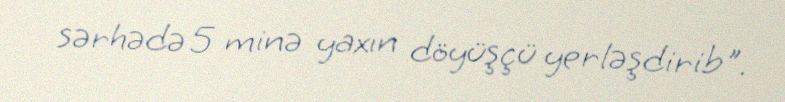
sərhədə 5 minə yaxın döyüşçü yerləşdirib".